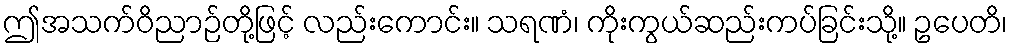
ဤအသက်ဝိညာဉ်တို့ဖြင့် လည်းကောင်း။ သရဏံ၊ ကိုးကွယ်ဆည်းကပ်ခြင်းသို့။ ဥပေတိ၊